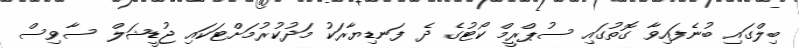
ބިލްގައި ބުނެފައިވާ ގޮތުގައި ސުޕްރީމް ކޯޓުގެ ދެ ފަނޑިޔާރަކު މަދުކުރުމަށްޓަކައި ޖުޑީޝަލް ސާވިސް